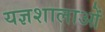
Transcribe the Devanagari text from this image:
यज्ञशालाओं